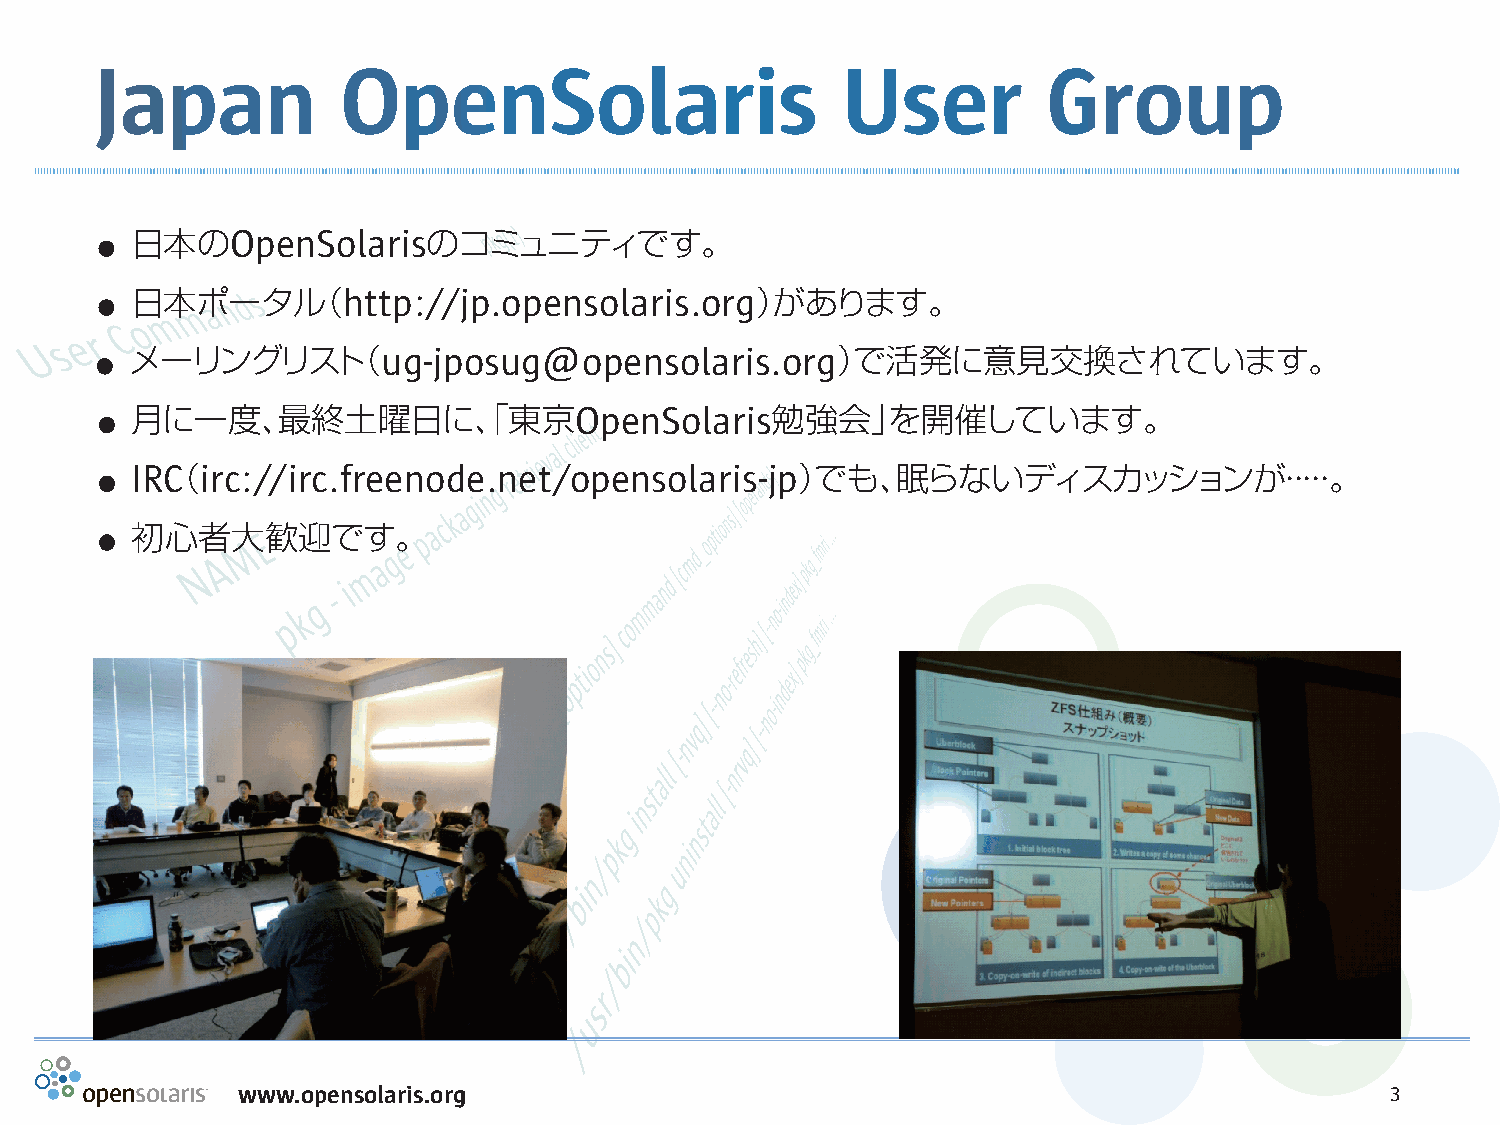
Japan            OpenSolaris                      User         Group
 .
 日本のOpenSolarisのコミュニティです。
 .
 日本ポータル（http://jp.opensolaris.org）があります。
 .
 メーリングリスト（ug-jposug@opensolaris.org）で活発に意見交換されています。
 .
 月に一度、最終土曜日に、「東京OpenSolaris勉強会」を開催しています。
 .
 IRC（irc://irc.freenode.net/opensolaris-jp）でも、眠らないディスカッションが・・・・・。
 .
 初心者大歓迎です。
 www.opensolaris.org                                                         3